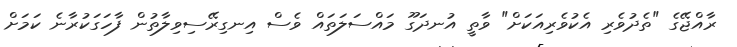
ރާއްޖޭގެ "ތެދުވެރި އެކުވެރިއަކަށް" ވާތީ އުނދަގޫ މައްސަލަތައް ވެސް އިނގިރޭސިވިލާތުން ފާހަގަކުރާނެ ކަމަށް